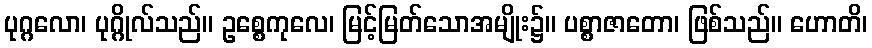
ပုဂ္ဂလော၊ ပုဂ္ဂိုလ်သည်။ ဥစ္စေကုလေ၊ မြင့်မြတ်သောအမျိုး၌။ ပစ္စာဇာတော၊ ဖြစ်သည်။ ဟောတိ၊